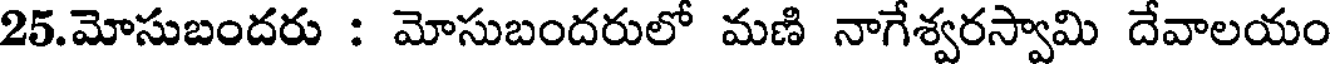
25.మోసుబందరు : మోసుబందరులో మణి నాగేశ్వరస్వామి దేవాలయం